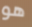
هو